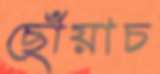
ছোঁয়াচ